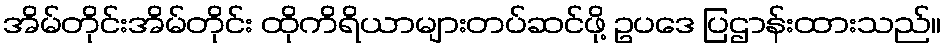
အိမ်တိုင်းအိမ်တိုင်း ထိုကိရိယာများတပ်ဆင်ဖို့ ဥပဒေ ပြဌာန်းထားသည်။